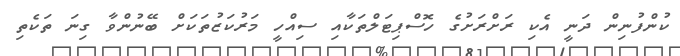
ކުންފުނިން ދަނީ އެކި ރަށްރަށުގެ ހޮސްޕިޓަލްތަކާއި ސިއްހީ މަރުކަޒުތަކަށް ބޭނުންވާ ގިނަ ތަކެތި